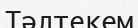
Тәлтекем